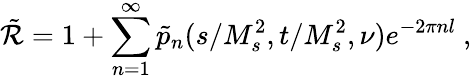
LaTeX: \tilde{\cal R}=1+\sum_{n=1}^{\infty}\tilde{p}_{n}(s/M_{s}^{2},t/M_{s}^{2},\nu)e^{-2\pi nl}\ ,